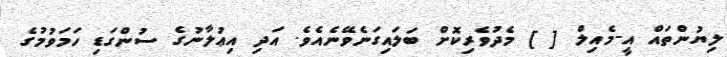
ލިޔުންތައް އީ-މެއިލް [ ] މެދުވެރިކޮށް ބަލައިގަނެވޭނެއެވެ. އަދި އިޢުލާނުގެ ސުންގަޑި ހަމަވުމުގެ